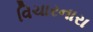
વિચારનારા